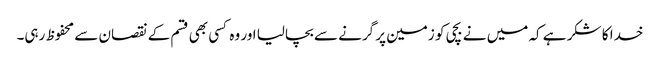
خدا کا شکر ہے کہ میں نے بچی کو زمین پر گرنے سے بچالیا اور وہ کسی بھی قسم کے نقصان سے محفوظ رہی۔